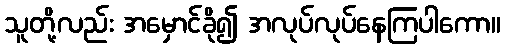
သူတို့လည်း အမှောင်ခို၍ အလုပ်လုပ်နေကြပါကော။